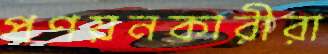
প্রণয়নকারীরা